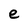
Character: e